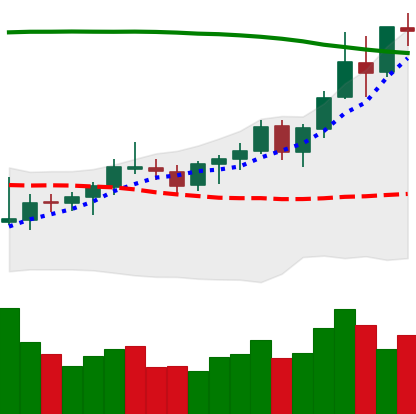
Ticker: BNB-USD
Chart end date: 2021-08-14
Forward return: 5.367%
Label: up_5_7